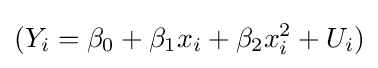
(Y_{i}=\beta _{0}+\beta _{1}x_{i}+\beta _{2}x_{i}^{2}+U_{i})